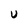
Character: U